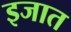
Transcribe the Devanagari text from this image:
इजात